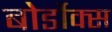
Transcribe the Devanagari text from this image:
बोर्डोक्स